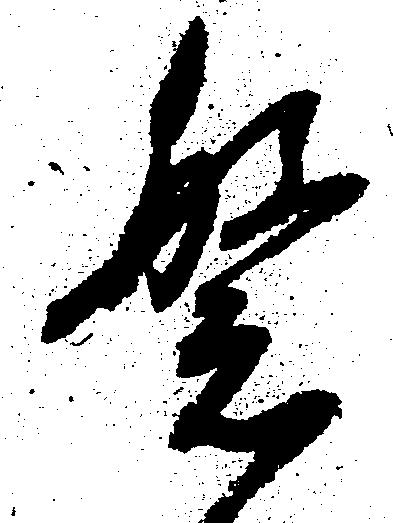
繁